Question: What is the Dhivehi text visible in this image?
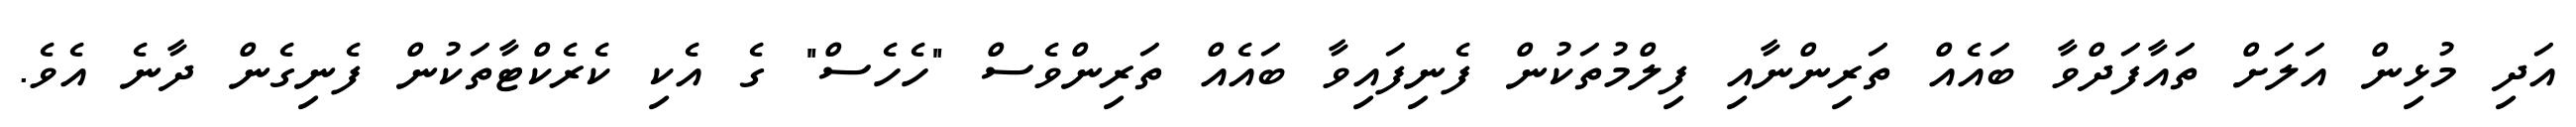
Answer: އަދި މުޅިން އަލަށް ތައާފަދްވާ ބައެއް ތަރިންނާއި ފިލްމުތަކުން ފެނިފައިވާ ބައެއް ތަރިންވެސް "ހެހެސް" ގެ އެކި ކެރެކްޓާތަކުން ފެނިގެން ދާނެ އެވެ.